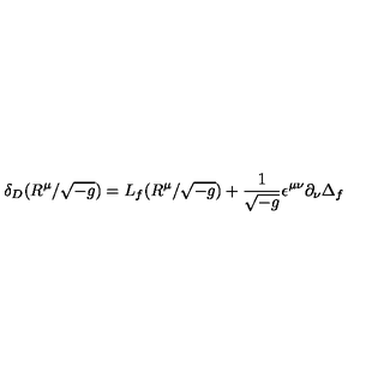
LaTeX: \delta _ { D } ( R ^ { \mu } / \sqrt { - g } ) = L _ { f } ( R ^ { \mu } / \sqrt { - g } ) + \frac { 1 } { \sqrt { - g } } \epsilon ^ { \mu \nu } \partial _ { \nu } \Delta _ { f }